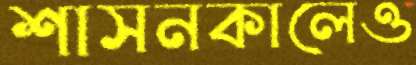
শাসনকালেও